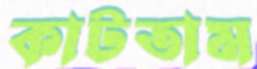
কাটতাম